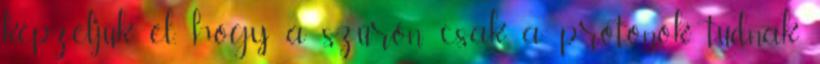
képzeljük el, hogy a szűrőn csak a protonok tudnak